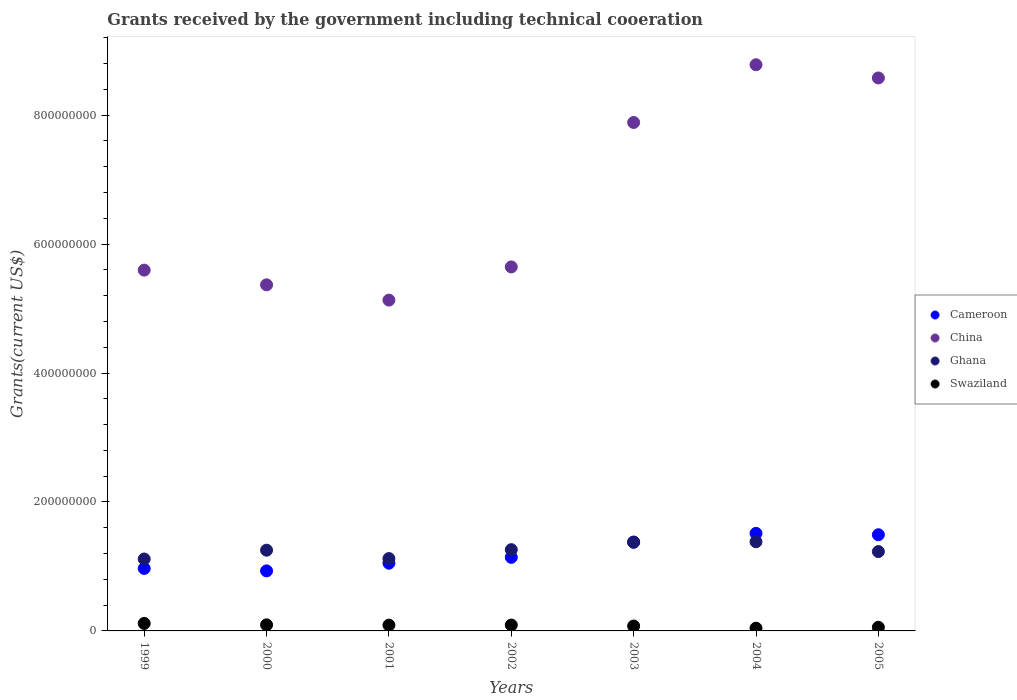
| Years | Cameroon | China | Ghana | Swaziland |
 | --- | --- | --- | --- | --- |
 | 1999 | 9.69e+07 | 5.6e+08 | 1.12e+08 | 1.16e+07 |
 | 2000 | 9.31e+07 | 5.37e+08 | 1.25e+08 | 9.42e+06 |
 | 2001 | 1.05e+08 | 5.13e+08 | 1.12e+08 | 8.96e+06 |
 | 2002 | 1.14e+08 | 5.65e+08 | 1.26e+08 | 9.12e+06 |
 | 2003 | 1.38e+08 | 7.89e+08 | 1.38e+08 | 7.6e+06 |
 | 2004 | 1.51e+08 | 8.78e+08 | 1.38e+08 | 4.28e+06 |
 | 2005 | 1.49e+08 | 8.58e+08 | 1.23e+08 | 5.63e+06 |